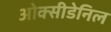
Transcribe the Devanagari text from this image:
ओक्सीडेनिल